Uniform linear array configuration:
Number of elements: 8
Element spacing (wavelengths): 1
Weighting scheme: hann
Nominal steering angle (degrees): -30
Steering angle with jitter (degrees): -29.847
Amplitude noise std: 0.05
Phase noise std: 0.05

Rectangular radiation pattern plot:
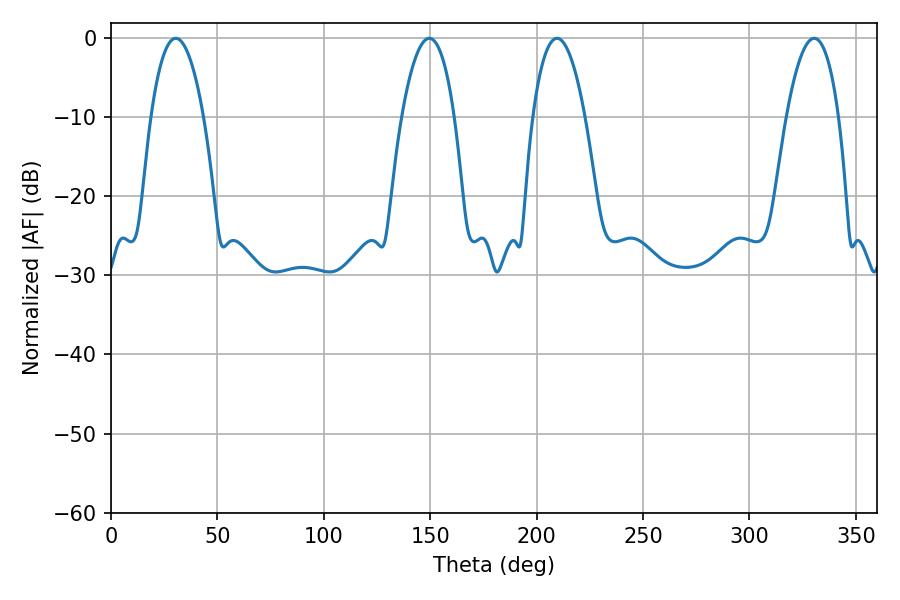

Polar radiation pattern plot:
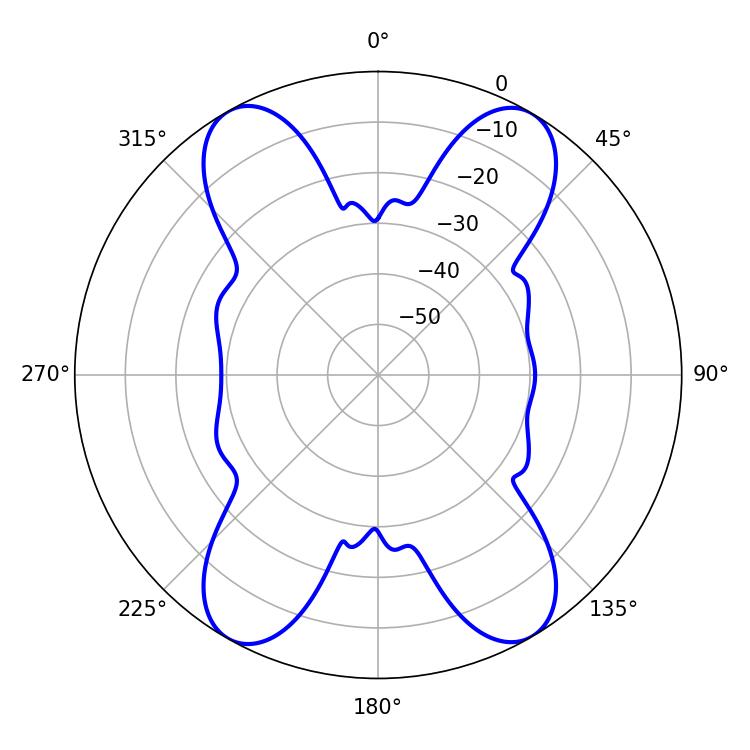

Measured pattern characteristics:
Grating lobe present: TRUE
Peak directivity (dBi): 24.882
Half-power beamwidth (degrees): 13.86
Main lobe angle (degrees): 30.42